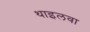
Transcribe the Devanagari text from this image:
थाइलवा